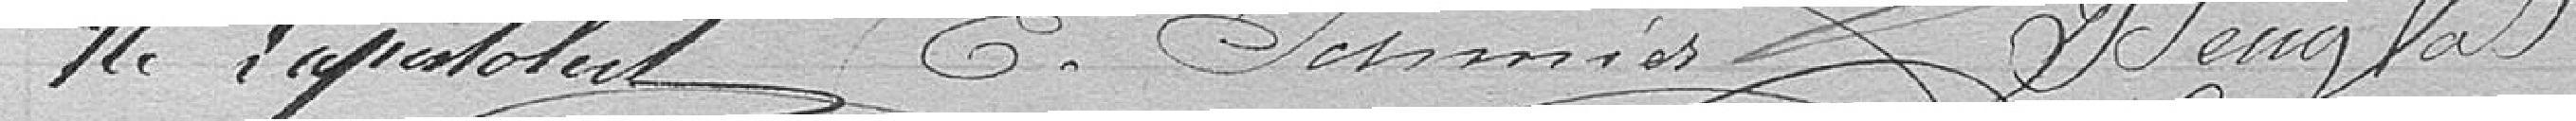
M. Papotelent